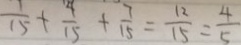
\frac { 1 } { 1 5 } + \frac { 4 } { 1 5 } + \frac { 7 } { 1 5 } = \frac { 1 2 } { 1 5 } = \frac { 4 } { 5 }